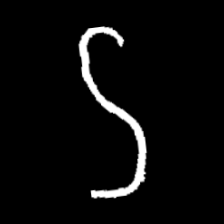
Pyu character \u2014 Myanmar letter: ဌ (romanized: ttha)